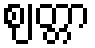
ဈတ္တာ